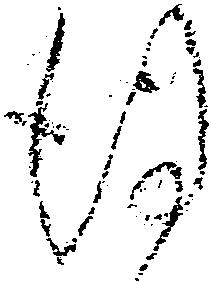
謹